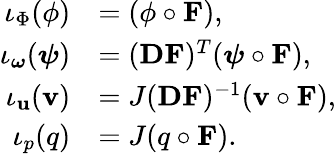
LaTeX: \begin{array}{rl}{\iota_{\Phi}(\phi)}&{=(\phi\circ\mathbf{F}),}\\ {\iota_{\boldsymbol{\omega}}(\boldsymbol{\psi})}&{=(\mathbf{DF})^{T}(\boldsymbol{\psi}\circ\mathbf{F}),}\\ {\iota_{\mathbf{u}}(\mathbf{v})}&{=J(\mathbf{DF})^{-1}({\mathbf{v}\circ\mathbf{F}}),}\\ {\iota_{p}(q)}&{=J(q\circ\mathbf{F}).}\end{array}